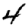
Digit: 4